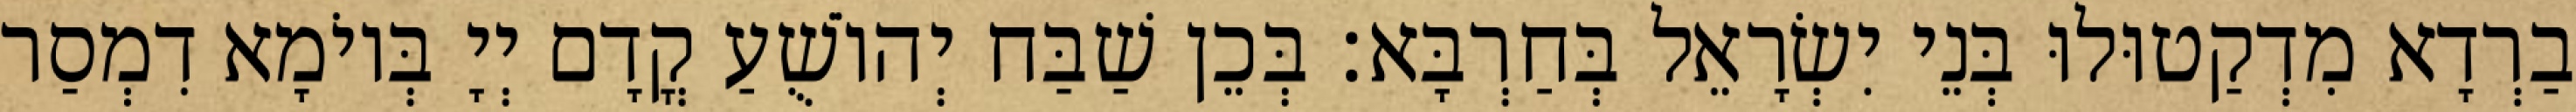
בַרְדָא מִדְקַטוּלוּ בְּנֵי יִשְׂרָאֵל בְּחַרְבָּא׃ בְּכֵן שַׁבַּח יְהוֹשֻׁעַ קֳדָם יְיָ בְּיוֹמָא דִמְסַר